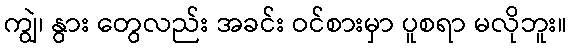
ကျွဲ၊ နွား တွေလည်း အခင်း ဝင်စားမှာ ပူစရာ မလိုဘူး။